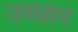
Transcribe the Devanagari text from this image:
उच्छार